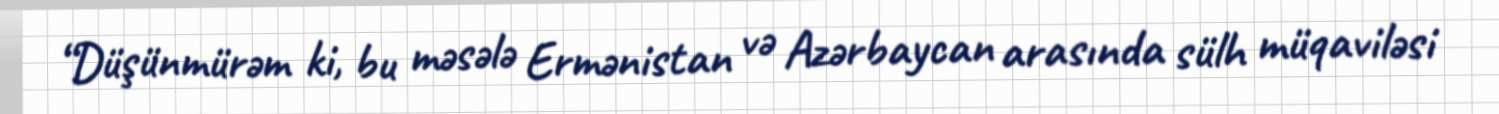
“Düşünmürəm ki, bu məsələ Ermənistan və Azərbaycan arasında sülh müqaviləsi